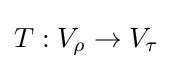
T:V_{\rho }\to V_{\tau }